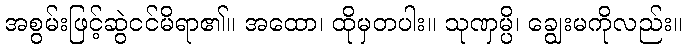
အစွမ်းဖြင့်ဆွဲငင်မိရာ၏။ အထော၊ ထိုမှတပါး။ သုဏှမ္ပိ၊ ချွေးမကိုလည်း။